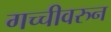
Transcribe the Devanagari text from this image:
गच्चीवरुन